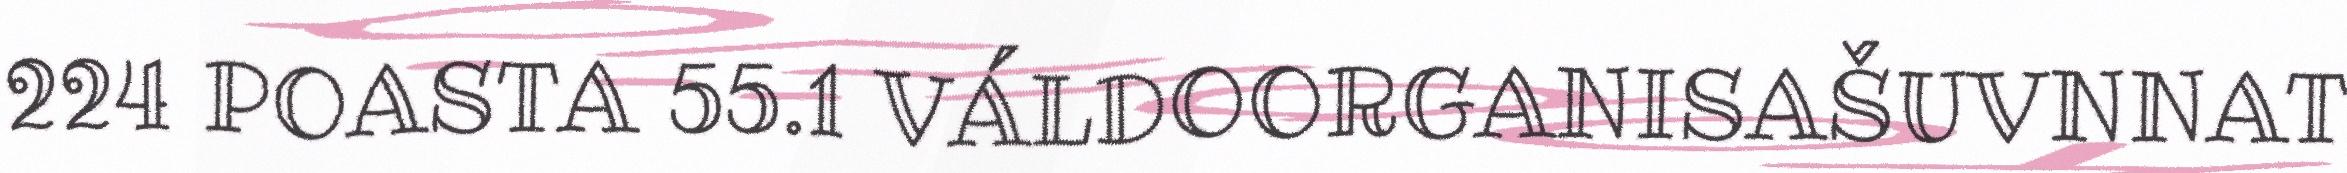
224 POASTA 55.1 VÁLDOORGANISAŠUVNNAT